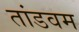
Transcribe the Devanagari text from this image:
तांडवम